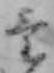
け